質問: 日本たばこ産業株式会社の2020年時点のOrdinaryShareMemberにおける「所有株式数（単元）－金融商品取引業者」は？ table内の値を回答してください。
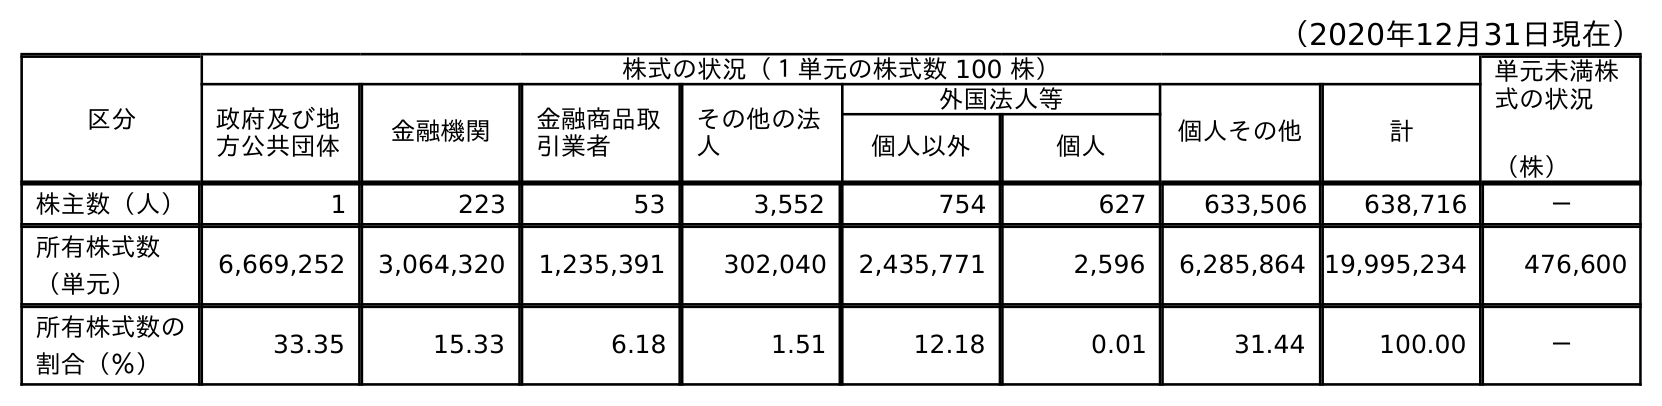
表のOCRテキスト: （2020年12月31日現在） 区分 株式の状況（１単元の株式数 100 株） 単元未満株 式の状況 （株） 政府及び地 方公共団体 金融機関 金融商品取 引業者 その他の法 人 外国法人等 個人その他 計 個人以外 個人 株主数（人） 1 223 53 3,552 754 627 633,506 638,716 － 所有株式数 （単元） 6,669,252 3,064,320 1,235,391 302,040 2,435,771 2,596 6,285,864 19,995,234 476,600 所有株式数の 割合（％） 33.35 15.33 6.18 1.51 12.18 0.01 31.44 100.00 －
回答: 1,235,391